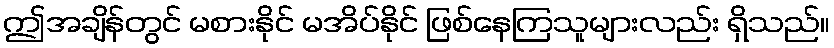
ဤအချိန်တွင် မစားနိုင် မအိပ်နိုင် ဖြစ်နေကြသူများလည်း ရှိသည်။